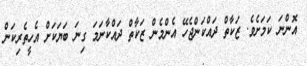
އޮންނަ ކަމަށެވެ. ޒަކާތް ދައްކަންޖެހޭ އެންމެން ޒަކާތް ދައްކާނަމަ ގިނަ ބަޔަކަށް އެހީތެރިކަން